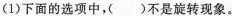
(1)下面的选项中，( )不是旋转现象。